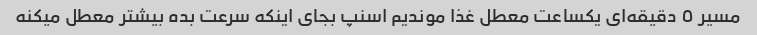
مسیر ٥ دقیقه‌ای یکساعت معطل غذا موندیم اسنپ بجای اینکه سرعت بده بیشتر معطل میکنه